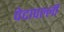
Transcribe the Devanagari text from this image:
पेदापल्ली